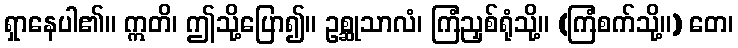
ရှာနေပါ၏။ ဣတိ၊ ဤသို့ပြော၍။ ဥစ္ဆုသာလံ၊ ကြံညှစ်ရုံသို့။ (ကြံစက်သို့။) တေ၊